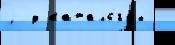
j  у катало́гах